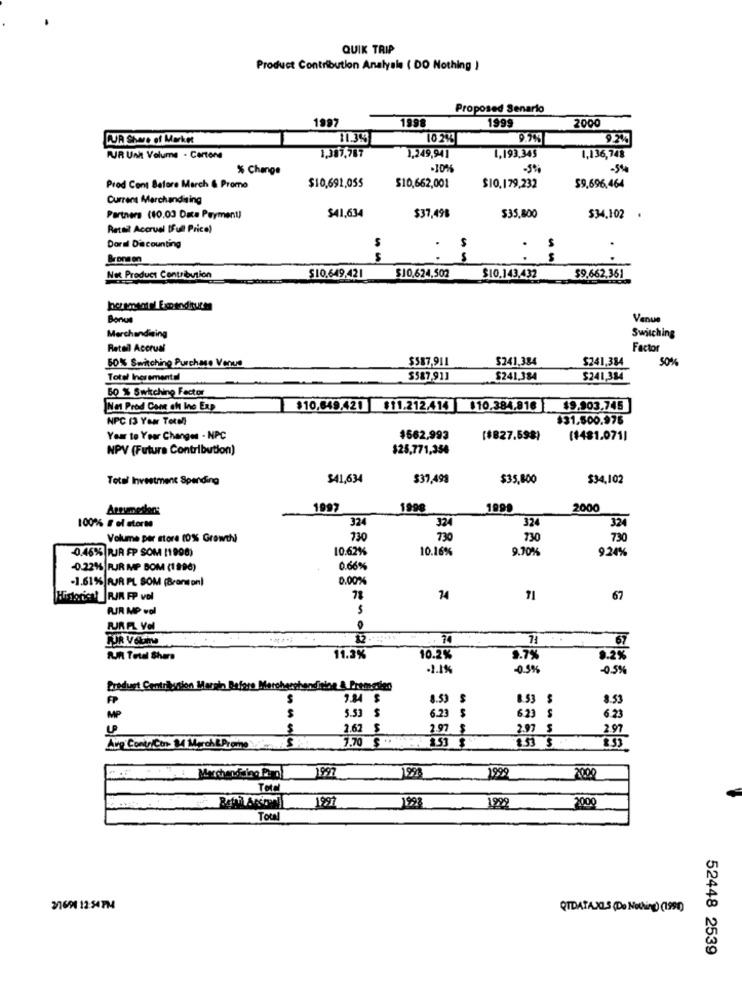
QUIK TRIP
Product Contribution Analysis ( DO Nothing )
Proposed Senario
1998
1999
2000
CUR Shwe of Market
11.39
10.2%
PUR Unit Volume - Cartone
1,387,787
1,249,941
1,193,345
1,136,748
% Change
-10%
-3%
-544
Prod Cont Batore March & Promo
$10,691,055
$10,662,001
$10.179,232
59.696,464
Current Merchandising
Partners (10.03 Date Payment)
$41,634
$37,498
$35,800
$34,102 .
Retail Accruel [Full Price)
Doral Discounting
$
.
S
Bronsen
. .
S
--
Net Product Contribution
$10.649.421
$10.624,502
$10.143,432
59.662,361
Bonus
Venue
Merchandising
Switching
Retail Accrual
Factor
50% Switching Purchase Venue
$587,911
$241.384
$241,384
50%
Total Incremental
$587,911
$241.384
$241,384
60 % Switching Factor
Net Prod Cont af Ino Exp
$10,649.421 $11.212.414 $10.384.816
$9.903.745
NPC 13 Your Total)
$31.500.976
Year to Year Changes - NPC
$562,993
($827.598)
(1481.071]
NPV (Futura Contribution)
$25,771,356
Total Investment Spending
$41,634
$37,499
$35,800
$34,102
199
199
1999
2000
324
324
324
100% # el storms
324
Volume per store (0% Growth)
730
730
730
730
0.46% RJR FP SOM (1998)
10.62%
10.16%
9.70%
9.24%
-0.221% RJR MP BOM (1998)
0.66%
-1.61% RJR PL SOM (Branson)
0.00%
Historial RIR FP vol
74
71
67
RIR MP wol
2. 74
67
AUR Total Share
11.3%
10.2%
9.7%
0.2%
-1.1%
-0.3%
-0.5%
Product Contribution Margin Before Merohershendinine & Premedan
FP
7.84 $
8.53
8.53 $
8.53
S
5.53
6.23 $
6.23
S
MP
6.23
2.62
S
2.97 $
2.97
297
7.70 $
Aug ContriCor 84 March&Prote
1997
1999
Total
1997
198
2000
Toul
3/1694 12:54 PM4
QTDATA.XLS (De Nothing) (1990)
52448 2539